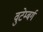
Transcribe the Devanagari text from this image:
वुटेम्बर्ग